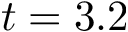
t = 3 . 2